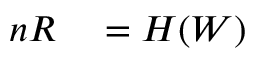
\begin{array} { r l } { n R } & { { } = H ( W ) } \end{array}